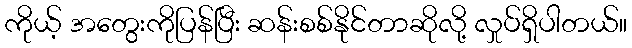
ကိုယ့် အတွေးကိုပြန်ပြီး ဆန်းစစ်နိုင်တာဆိုလို့ လှုပ်ရှိပါတယ်။